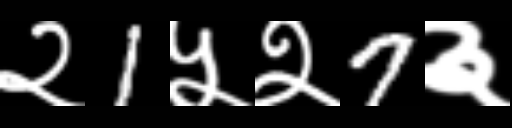
Text: २1५२7३